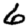
Digit: 6